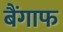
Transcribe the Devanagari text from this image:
बैंगाफ